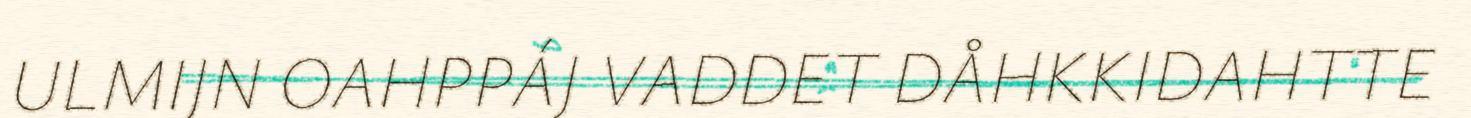
ULMIJN OAHPPÁJ VADDET DÅHKKIDAHTTE